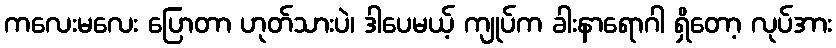
ကလေးမလေး ပြောတာ ဟုတ်သားပဲ၊ ဒါပေမယ့် ကျုပ်က ခါးနာရောဂါ ရှိတော့ လုပ်အား